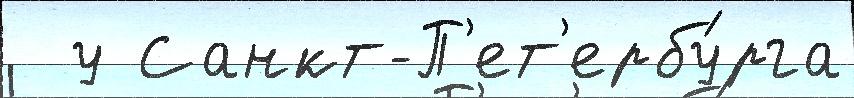
  у Санкт-П'ет'ербу́рга